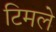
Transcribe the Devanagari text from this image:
टिमले